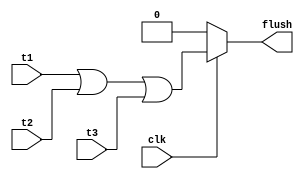
module ControlHazard (input clk,t1,t2,t3,output reg flush);
always @(clk) begin
    #1
    if(clk)
        flush=t1|t2|t3;
    else
        flush=0;
end
    
endmodule